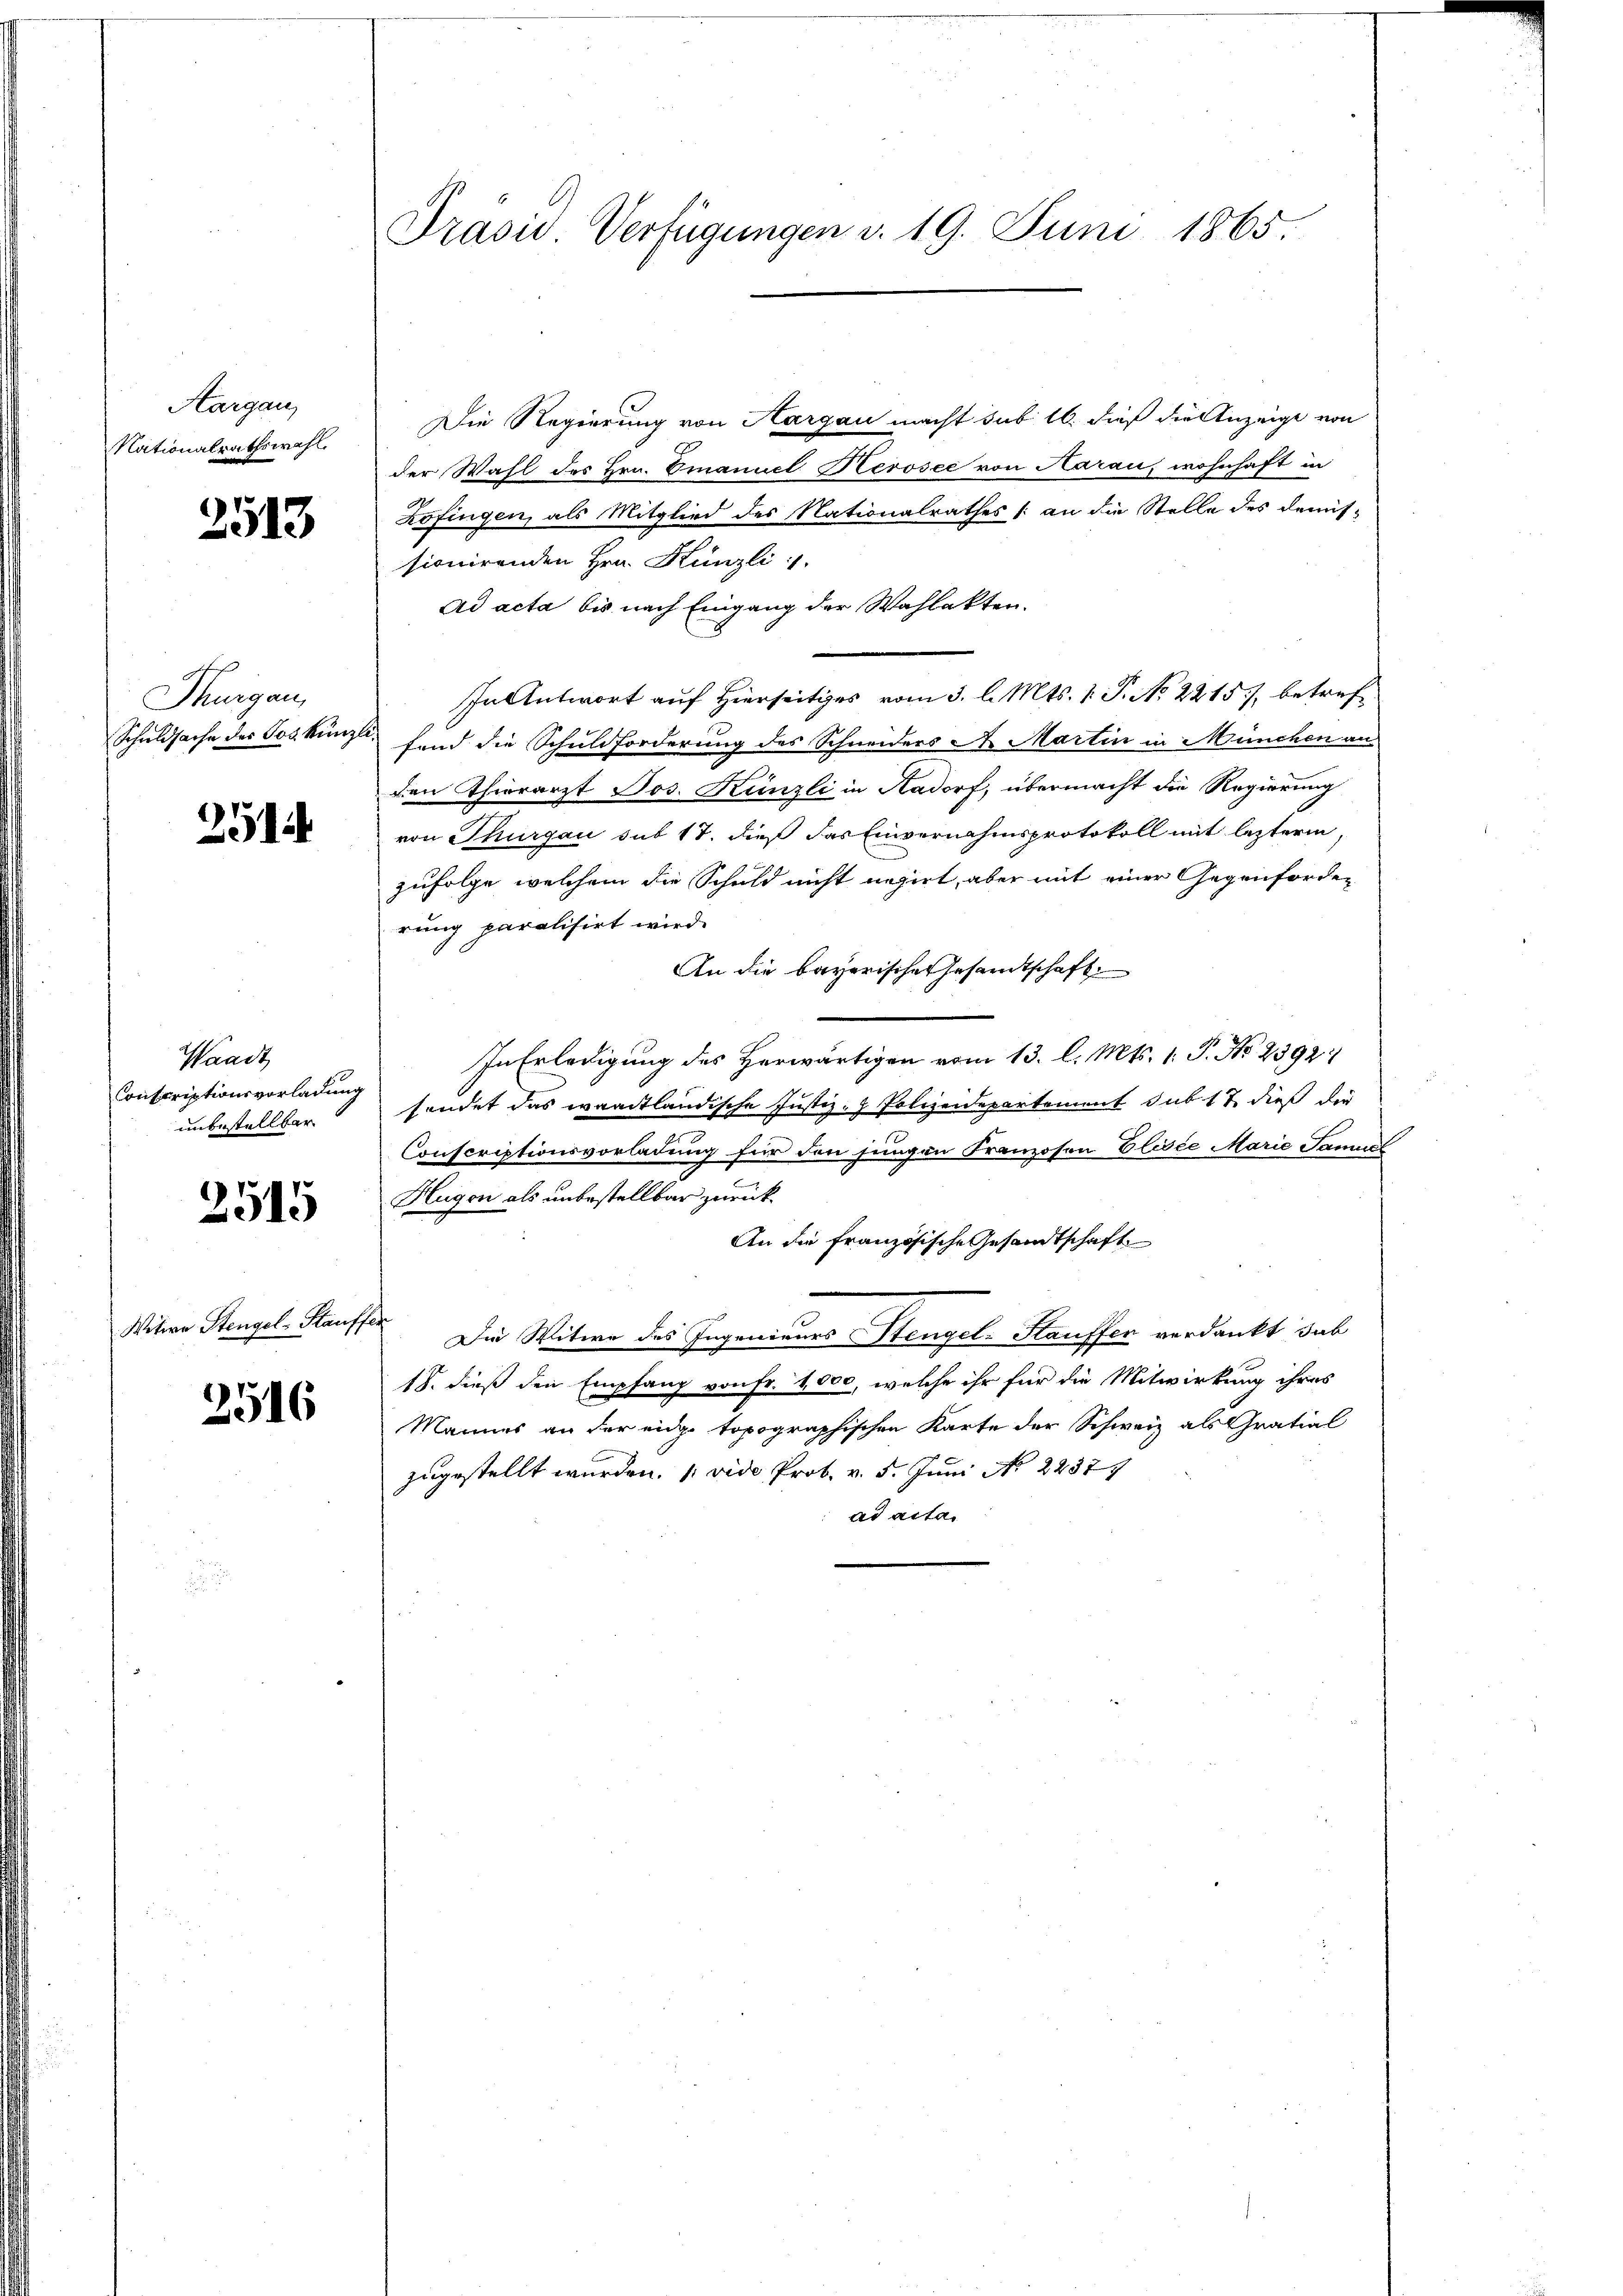
Aargau,
Nationalrathswahl.

2513

Thurgau,
Schuldsache des Jos. Kunz

2514

Waadt
Conscriptionsvorladung
unbestellbar

2515

Witwe Stengel-Stauffer

2516

Präsid. Verfügungen v. 19. Juni 1865.

Die Regierung von Aargau macht sub 16. dieß die Anzeige von
der Wahl des Hrn. Emanuel Herosee von Aarau, wohnhaft in
Zofingen, als Mitglied des Nationalrathes /: an die Stelle des demis-
sionirenden Hrn. Künzli
Ad acta bis nach Eingang der Wahlakten.
In Antwort auf Hierseitiges vom 3. l. Mts. 1. P. No 2215) betreffand die Schuldforderung des Schneiders N. Martin in München an
den Thierarzt Jos. Künzli in Aadorf, übermacht die Regierung
von Thurgau sub 17. dieß das Einvernahmsprotokoll mit lezterm,
zufolge, welchem die Schuld nicht negirt, aber mit einer Gegenforden
rung paralisirt wird.
An die bayerische Gesamtschaft
In Erledigung des Herwärtigen vom 13. l. Mts. 1. P. Nr. 2392:
sendet das waadtländische Justiz- & Polizeidepartement sub 17 dieß die
Conscriptionsvorladung für den jungen Franzosen Elisée Marie Samuel
Hugen als unbestellbar zurück¬
An die französische Gesandtschaft
Die Witwe des Ingenieurs Stengel-Stauffen verdankt, sub
18. dieß den Empfang von Fr. 1,000, welche ihr für die Mitwirkung ihres
Mannes an der eidge topographischen Karte der Schweiz als Gratial
zugestellt wurden. (vide Prob. v. 5. Juni No 22379
ad acta.